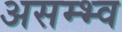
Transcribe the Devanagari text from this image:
असम्भ्व